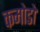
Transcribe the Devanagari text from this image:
कमोडो